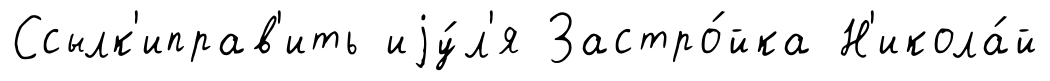
Ссылк'иправ'ить иjу́л'я Застро́йка Н'икола́й